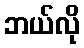
ဘယ်လို